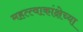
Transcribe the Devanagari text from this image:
महत्त्वाकांक्षेच्या